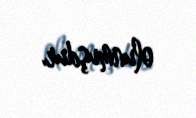
olunmuşdur.